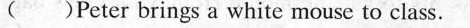
( )Peter brings a white mouse to class.